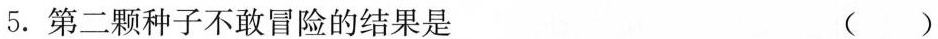
5. 第二颗种子不敢冒险的结果是 ( )